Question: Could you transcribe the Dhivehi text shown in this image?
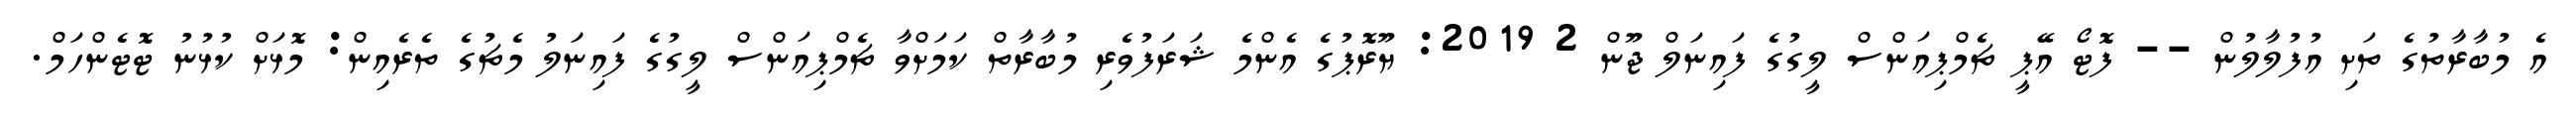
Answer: އެ މުބާރާތުގެ ތަށި އުފުލާލުން -- ފޮޓޯ އޭޕީ ޗެމްޕިއަންސް ލީގުގެ ފައިނަލް ޖޫން 2 2019: ޔޫރޮޕުގެ އެންމެ ޝަރަފުވެރި މުބާރާތް ކަމަށްވާ ޗެމްޕިއަންސް ލީގުގެ ފައިނަލު މެޗުގެ ތެރެއިން: މޮޅަށް ކުޅުނު ޓޮޓެންހަމް.